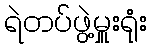
ရဲတပ်ဖွဲ့မှူးရုံး